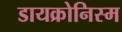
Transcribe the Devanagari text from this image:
डायक्रोनिस्म